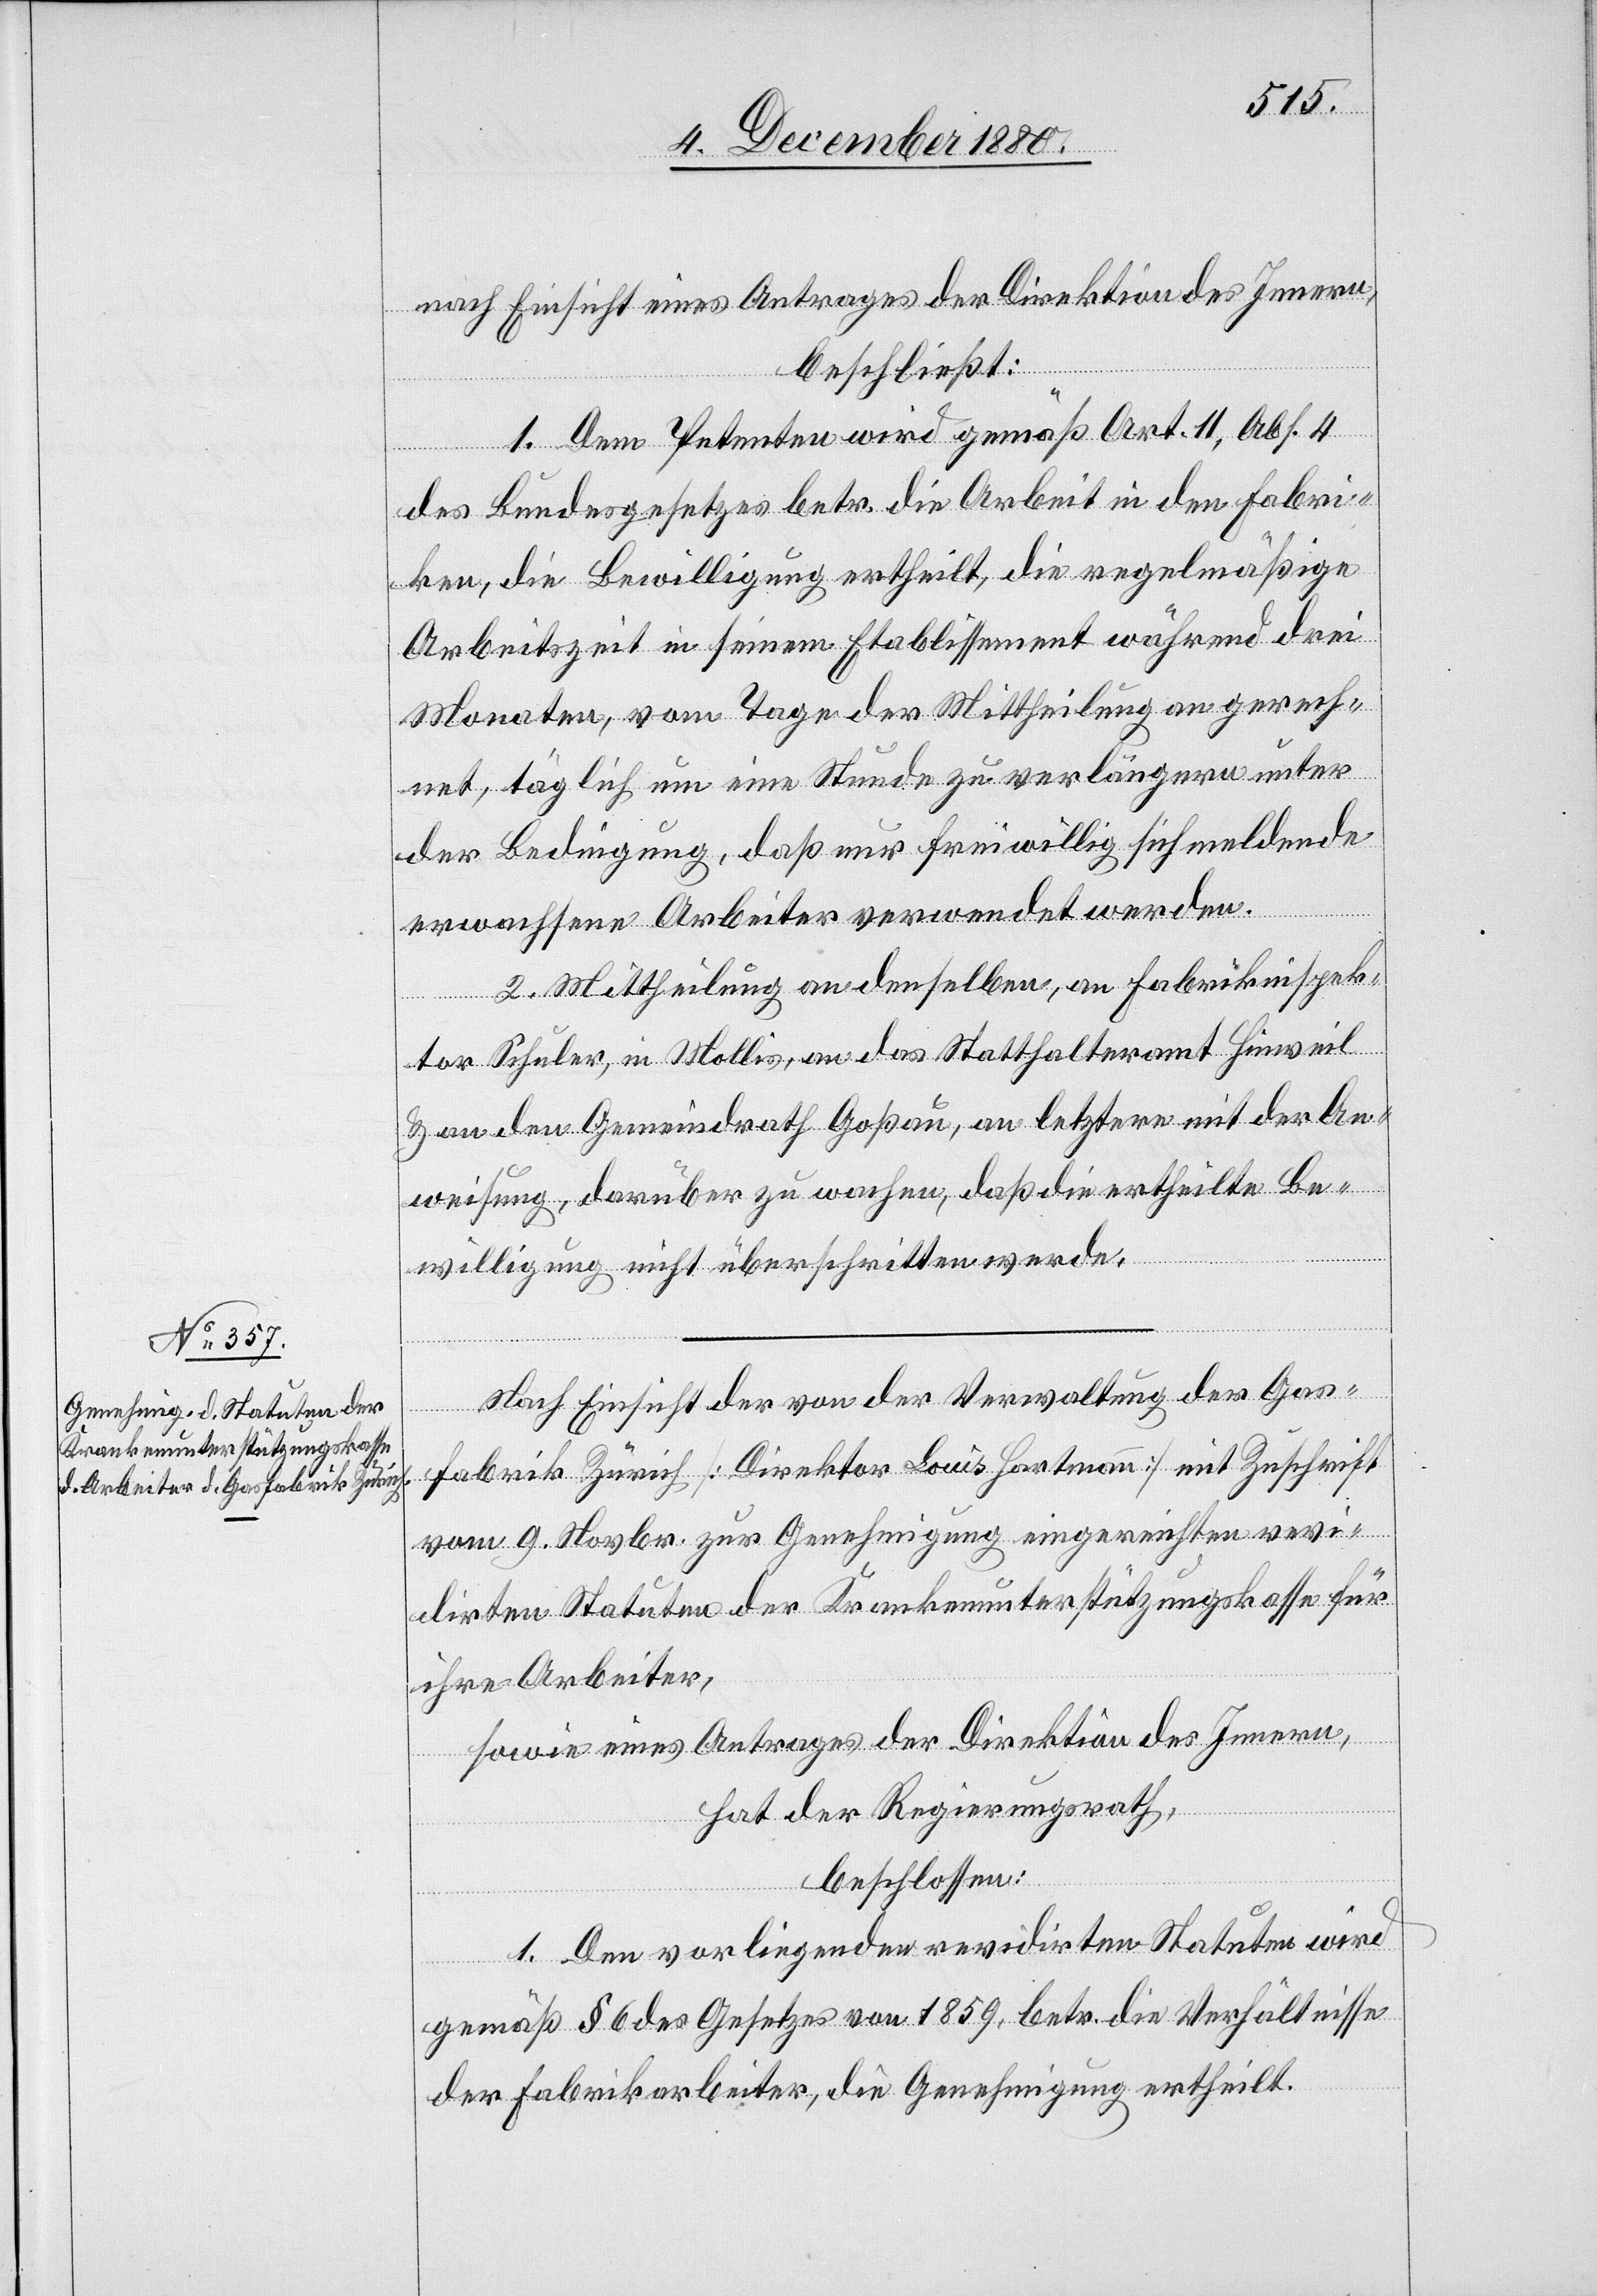
nach Einsicht eines Antrages der Direktion des Innern,
beschließt:
1. Dem Petenten wird gemäß Art. 11, Abs. 4
des Bundesgesetzes betr. die Arbeit in den Fabri¬
ken, die Bewilligung ertheilt, die regelmäßige
Arbeitszeit in seinem Etablissement während drei
Monaten, vom Tage der Mittheilung an gerech¬
net, täglich um eine Stunde zu verlängern unter
der Bedingung, daß nur freiwillig sich meldende
erwachsene Arbeiter verwendet werden.
2. Mittheilung an denselben, an Fabrikinspek¬
tor Schuler, in Mollis, an das Statthalteramt Hinweil
& an den Gemeindrath Goßau, an letztern mit der An¬
weisung, darüber zu wachen, daß die ertheilte Be¬
willigung nicht überschritten werde.
Nach Einsicht der von der Verwaltung der Gas¬
fabrik Zürich [Direktor Louis Hartmann] mit Zuschrift
vom 9. Novbr. zur Genehmigung eingereichten revi¬
dirten Statuten der Krankenunterstützungskasse für
ihre Arbeiter,
sowie eines Antrages der Direktion des Innern,
hat der Regierungsrath,
beschlossen:
1. Den vorliegenden revidirten Statuten wird
gemäß § 6 des Gesetzes von 1859, betr. die Verhältnisse
der Fabrikarbeiter, die Genehmigung ertheilt.